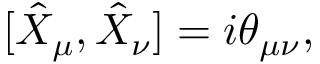
[ \hat { X } _ { \mu } , \hat { X } _ { \nu } ] = i \theta _ { \mu \nu } ,